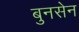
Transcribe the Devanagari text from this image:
बुनसेन